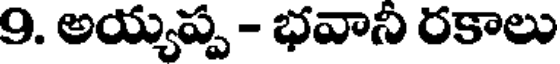
9. అయ్యప్ప - భవానీ రకాలు